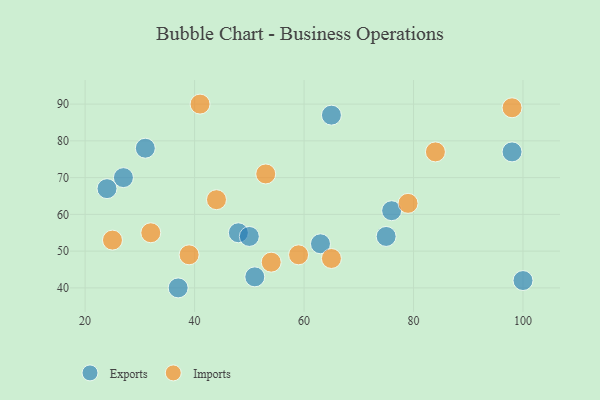
{"axis": {"x": "GDP", "y": "Life Expectancy"}, "legend": ["Exports", "Imports"], "data": [{"x": "48", "y": 55, "type": "Exports"}, {"x": "75", "y": 54, "type": "Exports"}, {"x": "51", "y": 43, "type": "Exports"}, {"x": "24", "y": 67, "type": "Exports"}, {"x": "65", "y": 87, "type": "Exports"}, {"x": "50", "y": 54, "type": "Exports"}, {"x": "63", "y": 52, "type": "Exports"}, {"x": "100", "y": 42, "type": "Exports"}, {"x": "98", "y": 77, "type": "Exports"}, {"x": "76", "y": 61, "type": "Exports"}, {"x": "31", "y": 78, "type": "Exports"}, {"x": "37", "y": 40, "type": "Exports"}, {"x": "27", "y": 70, "type": "Exports"}, {"x": "53", "y": 71, "type": "Imports"}, {"x": "59", "y": 49, "type": "Imports"}, {"x": "39", "y": 49, "type": "Imports"}, {"x": "65", "y": 48, "type": "Imports"}, {"x": "84", "y": 77, "type": "Imports"}, {"x": "41", "y": 90, "type": "Imports"}, {"x": "44", "y": 64, "type": "Imports"}, {"x": "25", "y": 53, "type": "Imports"}, {"x": "54", "y": 47, "type": "Imports"}, {"x": "79", "y": 63, "type": "Imports"}, {"x": "98", "y": 89, "type": "Imports"}, {"x": "32", "y": 55, "type": "Imports"}]}